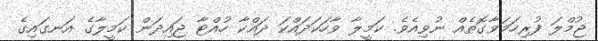
ޖުމްލަ ފުރިހަމަވާގޮތެއް ނުވިއެވެ. ކަމީލާ ވާހަކަދައްކަ ދައްކާ ހުއްޓާ ޖައިދަން ކަމީލާގެ އަނގައިގެ